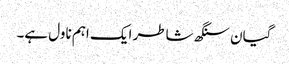
گیان سنگھ شاطر ایک اہم ناول ہے۔